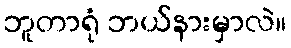
ဘူတာရုံ ဘယ်နားမှာလဲ။